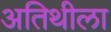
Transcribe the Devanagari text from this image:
अतिथीला